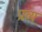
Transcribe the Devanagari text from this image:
प्रव्य